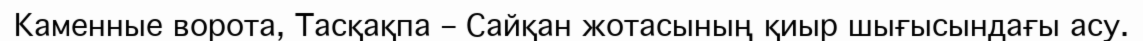
Каменные ворота, Тасқақпа – Сайқан жотасының қиыр шығысындағы асу.